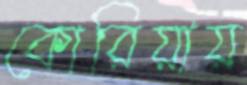
কোরিয়ায়